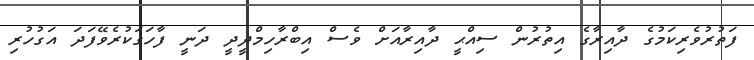
ފަތުރުވެރިކަމުގެ ދާއިރާގެ އިތުރުން ސިއްޙީ ދާއިރާއަށް ވެސް އިބްރާހިމްދީދީ ދަނީ ފާހަގަކުރެވޭފަދަ އަގުހުރި